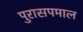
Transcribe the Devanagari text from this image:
पुरासपमाल